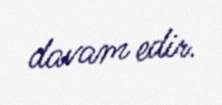
davam edir.